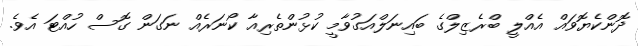
ދޮންކެޔޮވައް އެއްލީ ބްރެޒިލްގެ ބައިނަލްއަގުވާމީ ކުޅުންތެރިއާ ކޯނަރެއް ނަގަން ގޮސް ހުއްޓަ އެވެ.